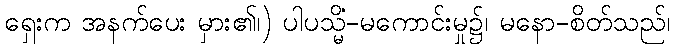
ရှေးက အနက်ပေး မှား၏၊) ပါပသ္မိံ-မကောင်းမှု၌၊ မနော-စိတ်သည်၊